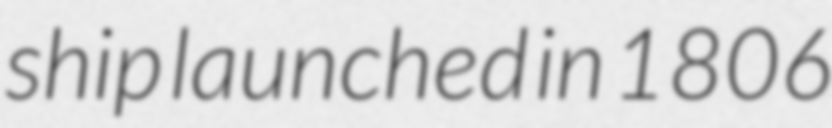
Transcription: ship launched in 1806